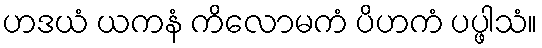
ဟဒယံ ယကနံ ကိလောမကံ ပိဟကံ ပပ္ဖါသံ။